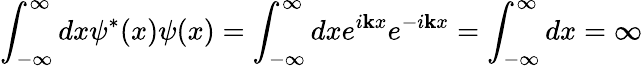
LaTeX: \int_{-\infty}^{\infty}dx\psi^{*}(x)\psi(x)=\int_{-\infty}^{\infty}dxe^{i\mathbf{k}x}e^{-i\mathbf{k}x}=\int_{-\infty}^{\infty}dx=\infty